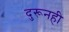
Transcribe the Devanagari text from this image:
दुरूनही